system: You are a helpful assistant.
user:
Analyze the provided spectrum to determine if it is a **S-type Star**.

- **Key Indicators for S-type Star:**

    - **(Overall Spectrum Shape):** The first and most obvious characteristic is the overall continuum (the "baseline" shape). It is **extremely "red-sloping,"** meaning the flux (light intensity) is very low on the left side (blue, ~4000-4500 Å) and rises steeply and continuously toward the right side (red, ~7000 Å+).

    - **(Primary):** The spectrum is defined by the presence of strong, broad molecular absorption "valleys" (bands) from **Zirconium Oxide (ZrO)**. The identification of these bands is the **primary requirement** for classifying a star as S-type.
        - **(Key Bandheads):** You must find distinct, deep "dips" where the light has been absorbed. The most critical band systems to locate are:
            - **~6474 Å** ($\gamma$-system): This is often the strongest and clearest ZrO feature, found in the red part of the spectrum.
            - **~5718 Å** & **~5551 Å** ($\beta$-system): A pair of prominent absorption features in the yellow-orange part of the spectrum.
            - **~4640 Å** ($\alpha$-system): A key absorption band system in the blue-green region of the spectrum.

    - **(Secondary Confirmation):** The classification is strengthened by finding additional absorption bands from other related heavy element oxides, which are expected to be present alongside ZrO.
        - **(Key Bandheads):**
            - **Yttrium Oxide (YO):** Look for absorption dips near **~4800 Å** and **~6100 Å**.
            - **Lanthanum Oxide (LaO):** Additional absorption features, particularly in the red-orange part of the spectrum, are also characteristic.

    - **(Line Profile):** The combination of the steep red continuum and these numerous, deep molecular bands (ZrO, YO, etc.) gives the entire spectrum a very **"chopped-up"** or **"bumpy"** appearance. Instead of a smooth curve, the spectrum looks as though large, wide chunks of light have been "carved out" of it at the specific wavelengths listed above.

Think first, call **spectral_visualization_tool** if needed to examine features in detail, then provide your final answer. Your response must adhere to the following strict rules:
1.  **Overall Structure:** Your response must follow the format `<think>...</think> <tool_call>...</tool_call> (if a tool is used) <answer>...</answer>`.
2.  **Tool Usage Constraint:** You may only make **one** tool call per turn.
3.  **Final Answer Format:** In the `<answer>` tag, your conclusion must be inside a `\boxed{}` command (e.g., `\boxed{YES}` or `\boxed{NO}`), followed by your justification.

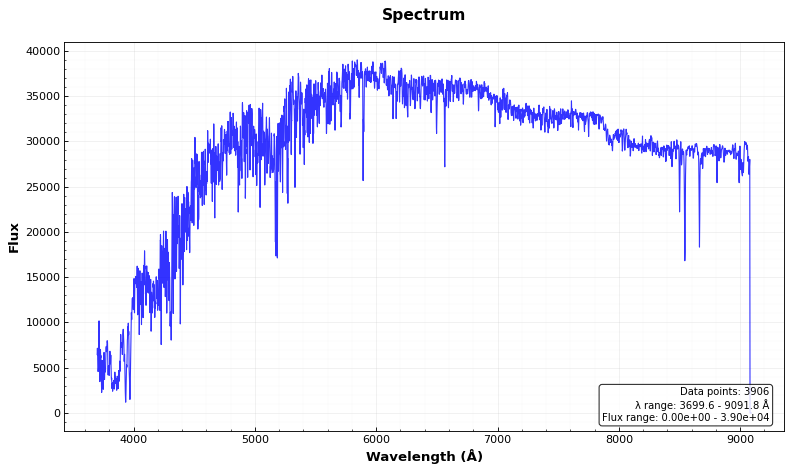
Answer: NO